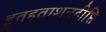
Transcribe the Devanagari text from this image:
हुतहुताशनदीप्ति